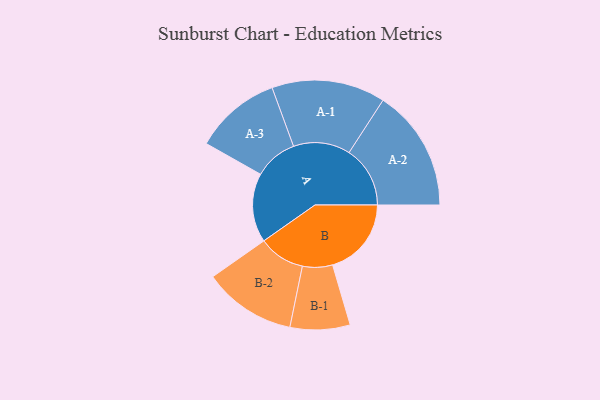
{"axis": {"x": "Segment", "y": "Value"}, "legend": ["", "A", "B"], "data": [{"x": "A", "y": 311, "type": ""}, {"x": "B", "y": 355, "type": ""}, {"x": "A-1", "y": 256, "type": "A"}, {"x": "A-2", "y": 275, "type": "A"}, {"x": "A-3", "y": 195, "type": "A"}, {"x": "B-1", "y": 135, "type": "B"}, {"x": "B-2", "y": 209, "type": "B"}]}